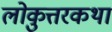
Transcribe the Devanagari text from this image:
लोकुत्तरकथा